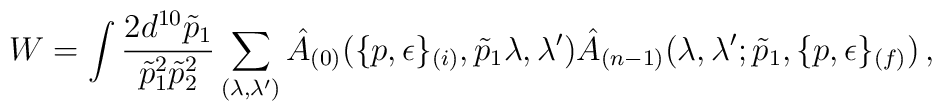
W=\int\frac{2d^{10}\tilde p_1}{\tilde p_1^2\tilde p_2^2}\sum_{(\lambda,\lambda')}\hat A_{(0)}(\{p,\epsilon\}_{(i)},\tilde p_1\lambda,\lambda')\hat A_{(n-1)}(\lambda,\lambda';\tilde p_1,\{p,\epsilon\}_{(f)})\,,